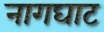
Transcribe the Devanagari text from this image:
नागघाट